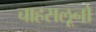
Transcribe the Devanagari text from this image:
चाहसलूनो